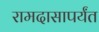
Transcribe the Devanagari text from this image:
रामदासापर्यंत